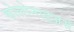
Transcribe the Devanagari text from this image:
कोलोनाइज़र्स